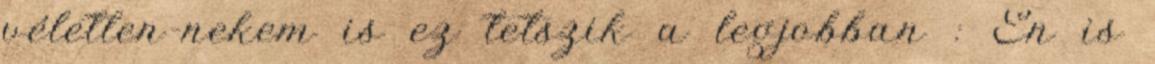
véletlen-nekem is ez tetszik a legjobban : Én is